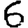
Digit: 6